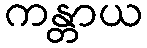
ကန္တာယ